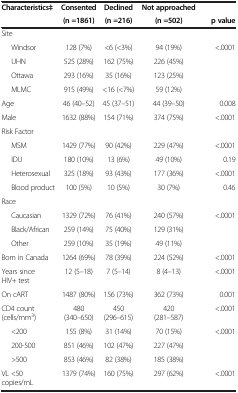
<table><thead><tr><td><b>Characteristics‡</b></td><td><b>Consented</b></td><td><b>Declined</b></td><td><b>Not approached</b></td><td><b> </b></td></tr><tr><td><b> </b></td><td><b>(n =1861)</b></td><td><b>(n =216)</b></td><td><b>(n =502)</b></td><td><b>p value</b></td></tr></thead><tbody><tr><td>Site</td><td> </td><td> </td><td> </td><td> </td></tr><tr><td>Windsor</td><td>128 (7%)</td><td>&lt;6 (&lt;3%)</td><td>94 (19%)</td><td>&lt;.0001</td></tr><tr><td>UHN</td><td>525 (28%)</td><td>162 (75%)</td><td>226 (45%)</td><td> </td></tr><tr><td>Ottawa</td><td>293 (16%)</td><td>35 (16%)</td><td>123 (25%)</td><td> </td></tr><tr><td>MLMC</td><td>915 (49%)</td><td>&lt;16 (&lt;7%)</td><td>59 (12%)</td><td> </td></tr><tr><td>Age</td><td>46 (40–52)</td><td>45 (37–51)</td><td>44 (39–50)</td><td>0.008</td></tr><tr><td>Male</td><td>1632 (88%)</td><td>154 (71%)</td><td>374 (75%)</td><td>&lt;.0001</td></tr><tr><td>Risk Factor</td><td> </td><td> </td><td> </td><td> </td></tr><tr><td>MSM</td><td>1429 (77%)</td><td>90 (42%)</td><td>229 (47%)</td><td>&lt;.0001</td></tr><tr><td>IDU</td><td>180 (10%)</td><td>13 (6%)</td><td>49 (10%)</td><td>0.19</td></tr><tr><td>Heterosexual</td><td>325 (18%)</td><td>93 (43%)</td><td>177 (36%)</td><td>&lt;.0001</td></tr><tr><td>Blood product</td><td>100 (5%)</td><td>10 (5%)</td><td>30 (7%)</td><td>0.46</td></tr><tr><td>Race</td><td> </td><td> </td><td> </td><td> </td></tr><tr><td>Caucasian</td><td>1329 (72%)</td><td>76 (41%)</td><td>240 (57%)</td><td>&lt;.0001</td></tr><tr><td>Black/African</td><td>259 (14%)</td><td>75 (40%)</td><td>129 (31%)</td><td> </td></tr><tr><td>Other</td><td>259 (10%)</td><td>35 (19%)</td><td>49 (11%)</td><td> </td></tr><tr><td>Born in Canada</td><td>1264 (69%)</td><td>78 (39%)</td><td>224 (52%)</td><td>&lt;.0001</td></tr><tr><td>Years since HIV+ test</td><td>12 (5–18)</td><td>7 (5–14)</td><td>8 (4–13)</td><td>&lt;.0001</td></tr><tr><td>On cART</td><td>1487 (80%)</td><td>156 (73%)</td><td>362 (73%)</td><td>0.001</td></tr><tr><td>CD4 count (cells/mm<sup>3</sup>)</td><td>480 (340–650)</td><td>450 (296–615)</td><td>420 (281–587)</td><td>&lt;.0001</td></tr><tr><td>&lt;200</td><td>155 (8%)</td><td>31 (14%)</td><td>70 (15%)</td><td>&lt;.0001</td></tr><tr><td>200-500</td><td>851 (46%)</td><td>102 (47%)</td><td>227 (47%)</td><td> </td></tr><tr><td>&gt;500</td><td>853 (46%)</td><td>82 (38%)</td><td>185 (38%)</td><td> </td></tr><tr><td>VL &lt;50 copies/mL</td><td>1379 (74%)</td><td>160 (75%)</td><td>297 (62%)</td><td>&lt;.0001</td></tr></tbody></table>